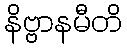
နိဗ္ဗာနမီတိ